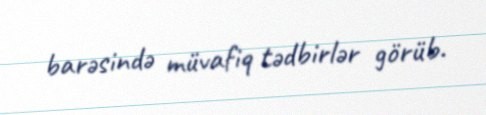
barəsində müvafiq tədbirlər görüb.